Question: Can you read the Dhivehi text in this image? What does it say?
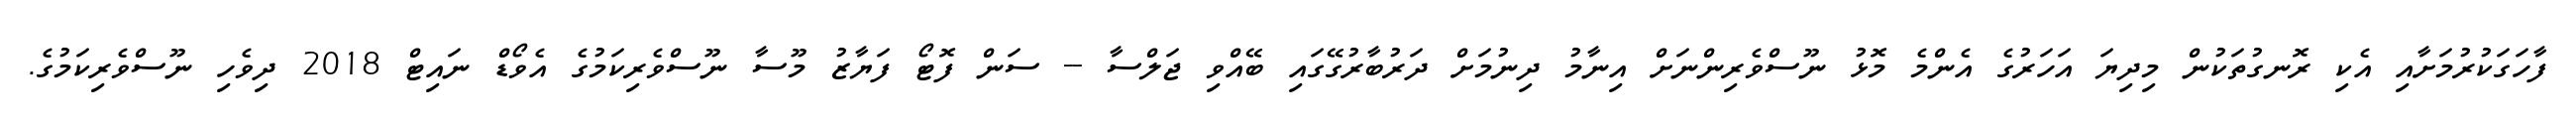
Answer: ފާހަގަކުރުމަށާއި އެކި ރޮނގުތަކުން މިދިޔަ އަހަރުގެ އެންމެ މޮޅު ނޫސްވެރިންނަށް އިނާމު ދިނުމަށް ދަރުބާރުގޭގައި ބޭއްވި ޖަލްސާ -- ސަން ފޮޓޯ ފަޔާޒު މޫސާ ނޫސްވެރިކަމުގެ އެވޯޑް ނައިޓް 2018 ދިވެހި ނޫސްވެރިކަމުގެ.